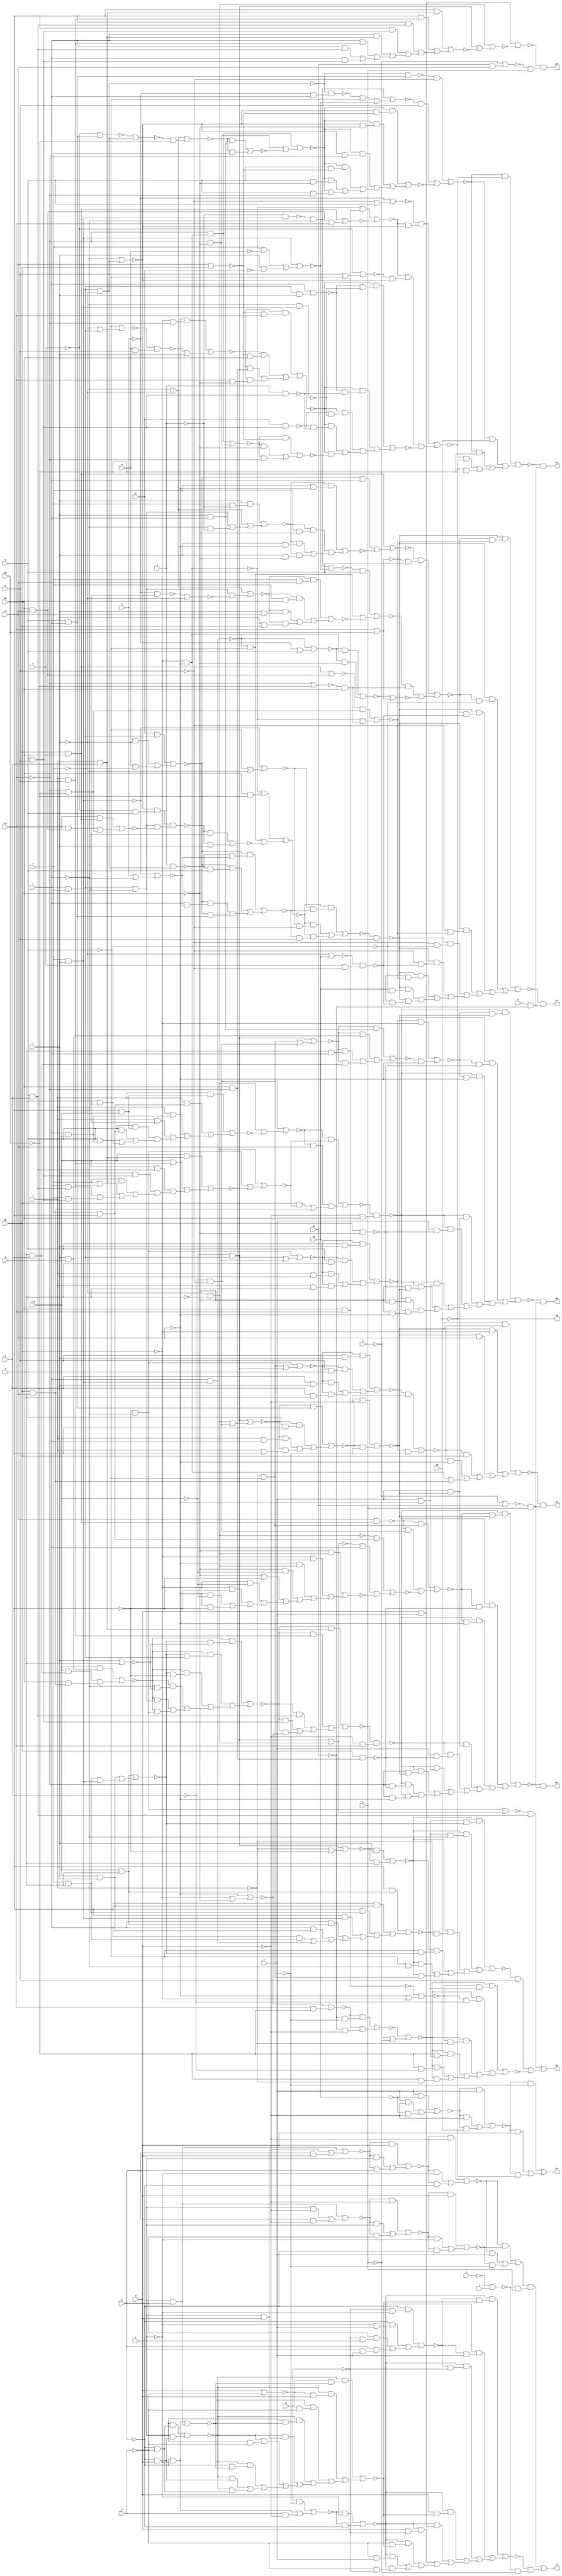
// IWLS benchmark module "term1" printed on Wed May 29 17:29:18 2002
module term1(a, b, c, d, e, f, g, h, i, j, k, l, m, n, o, p, q, r, s, t, u, v, w, \x , y, z, a0, c0, d0, e0, f0, g0, h0, i0, j0, k0, l0, m0, n0, o0, p0, q0, r0, s0);
input
  a,
  b,
  c,
  d,
  e,
  f,
  g,
  h,
  i,
  j,
  k,
  l,
  m,
  n,
  o,
  p,
  q,
  r,
  s,
  t,
  u,
  v,
  w,
  \x ,
  y,
  z,
  a0,
  c0,
  d0,
  e0,
  f0,
  g0,
  h0,
  i0;
output
  j0,
  k0,
  l0,
  m0,
  n0,
  o0,
  p0,
  q0,
  r0,
  s0;
wire
  \[0] ,
  \[1] ,
  \[2] ,
  \[3] ,
  \[4] ,
  \[5] ,
  \[6] ,
  \[7] ,
  \[8] ,
  \[9] ,
  a2,
  a3,
  a4,
  a7,
  b3,
  b4,
  b5,
  b6,
  b7,
  c3,
  c4,
  c5,
  c6,
  d2,
  d3,
  d4,
  d6,
  e1,
  e2,
  e3,
  e4,
  e6,
  e7,
  f1,
  f2,
  f3,
  f4,
  f5,
  f6,
  f7,
  g2,
  g3,
  g4,
  g5,
  g6,
  g7,
  h1,
  h2,
  h3,
  h4,
  h5,
  h6,
  i2,
  i3,
  i4,
  i5,
  i6,
  i7,
  j1,
  j3,
  j4,
  j5,
  j6,
  j7,
  k2,
  k3,
  k4,
  k5,
  k6,
  k7,
  l2,
  l3,
  l4,
  l6,
  l7,
  m2,
  m3,
  m4,
  m5,
  m6,
  n2,
  n3,
  n4,
  n5,
  n6,
  o3,
  o4,
  o5,
  o6,
  o7,
  p3,
  p4,
  p5,
  p6,
  p7,
  q2,
  q3,
  q4,
  q5,
  q6,
  q7,
  r2,
  r3,
  r4,
  r5,
  s1,
  s2,
  s3,
  s4,
  s5,
  s6,
  t1,
  t2,
  t3,
  t4,
  t5,
  t6,
  u1,
  u2,
  u4,
  u5,
  u6,
  v2,
  v4,
  v5,
  v6,
  w1,
  w2,
  w3,
  w4,
  w5,
  w6,
  x1,
  x4,
  x5,
  y1,
  y2,
  y3,
  y4,
  y5,
  y6,
  z1,
  z2,
  z3,
  z4,
  z5,
  z6;
assign
  \[0]  = ~h0,
  \[1]  = (~t6 & ~c) | ((~t6 & d) | (~t6 & ~h0)),
  \[2]  = (y6 & (~v6 & b)) | (~w6 & (~v6 & ~b)),
  \[3]  = ~f1 & (~e1 & b),
  \[4]  = ~t1 & (~s1 & b),
  \[5]  = ~f2 & (~s1 & b),
  \[6]  = ~t2 & (~s1 & b),
  \[7]  = (~j3 & (q & u)) | ((~k3 & p) | ~l3),
  \[8]  = ~w3 & (a & ~a0),
  \[9]  = ~h5 & (a & ~a0),
  a2 = (~d2 & (p & t)) | ((~d2 & (p & y)) | ((~d2 & (u & t)) | (~d2 & (u & y)))),
  a3 = (~d3 & (~c3 & ~b3)) | ((~d3 & (~c3 & ~s)) | ((~d3 & (~c3 & ~w)) | ((~d3 & (~r & ~b3)) | ((~d3 & (~r & ~s)) | (~d3 & (~r & ~w)))))),
  a4 = (~m4 & ~r) | ((~l4 & ~q) | ~n4),
  a7 = (~b7 & ~d) | ((~b7 & ~e) | (~b7 & ~h)),
  b3 = t | y,
  b4 = ~k4 & (q & r),
  b5 = ~q | (~r | ~s),
  b6 = ~f0 | ~g0,
  b7 = (~e7 & d) | ((~e7 & e) | (~e7 & h)),
  c3 = (\x  & y) | ((\x  & t) | ((s & y) | (s & t))),
  c4 = (~f4 & (~e4 & ~d4)) | ((~f4 & (~e4 & ~e0)) | ((~f4 & (~e4 & ~f0)) | ((~f4 & (q & ~d4)) | ((~f4 & (q & ~e0)) | (~f4 & (q & ~f0)))))),
  c5 = (~f0 & (~d0 & ~c0)) | (~f0 & ~e0),
  c6 = (~l6 & q) | ((~s5 & ~q) | ~m6),
  d2 = (~w & ~r) | ((~v & ~q) | (~\x  & ~s)),
  d3 = (\x  & (t & w)) | ((\x  & (y & w)) | (e0 & (d0 & c0))),
  d4 = c0 | d0,
  d6 = f0 | g0,
  e1 = ~z | (a0 | c0),
  e2 = (~w & ~r) | ((~\x  & ~s) | (~u & ~p)),
  e3 = c0 & (d0 & e0),
  e4 = ~r | (~s | ~t),
  e6 = (d0 & e0) | ((~i6 & r) | ~j6),
  e7 = (e & h) | ((e & d) | (h & d)),
  f1 = (d & c) | ~h1,
  f2 = (~i2 & (~h2 & ~w1)) | ((~i2 & (~h2 & ~g2)) | ((~i2 & (~h2 & ~c0)) | ((~i2 & (c & ~w1)) | ((~i2 & (c & ~g2)) | ((~i2 & (c & ~c0)) | ((~i2 & (~e0 & ~w1)) | ((~i2 & (~e0 & ~g2)) | (~i2 & (~e0 & ~c0))))))))),
  f3 = (~g3 & (s & w)) | ((~h3 & r) | ~i3),
  f4 = (~f0 & (~d0 & ~c0)) | ((~f0 & ~e0) | ~g4),
  f5 = ~c0 & ~d0,
  f6 = ~g6 | (f0 | g0),
  f7 = (~g7 & ~d) | ((~g7 & e) | (~g7 & h)),
  g2 = d0 & ~e0,
  g3 = ~t & ~y,
  g4 = (~h4 & (t & r)) | (~h4 & s),
  g5 = (e0 & d0) | ((e0 & c0) | f0),
  g6 = (~h6 & (~d0 & ~c0)) | (~h6 & ~e0),
  g7 = (e & h) | ((e & ~d) | (h & ~d)),
  h1 = (~t & ~y) | ((~s & ~\x ) | ~j1),
  h2 = (~z1 & ~d0) | (~r2 & ~c0),
  h3 = (~\x  & ~s) | (~y & ~t),
  h4 = (~r & ~t) | (~i4 | ~g0),
  h5 = (~n5 & (~m5 & ~k5)) | ((~n5 & (~m5 & ~j5)) | ((~n5 & (~m5 & ~i5)) | ((~n5 & (~p & ~k5)) | ((~n5 & (~p & ~j5)) | ((~n5 & (~p & ~i5)) | ((~n5 & (i0 & ~k5)) | ((~n5 & (i0 & ~j5)) | (~n5 & (i0 & ~i5))))))))),
  h6 = ~s5 | (~l | q),
  i2 = ~k2 & (~d & e0),
  i3 = (~e0 & (~y & ~t)) | ((~d0 & (~y & ~t)) | ((~c0 & (~y & ~t)) | ((~e0 & ~\x ) | ((~e0 & ~w) | ((~d0 & ~\x ) | ((~d0 & ~w) | ((~c0 & ~\x ) | (~c0 & ~w)))))))),
  i4 = ~j4 | (~s | ~t),
  i5 = ~s6 & (k & ~p),
  i6 = (n & ~s) | ((o & ~t) | (~t & ~s)),
  i7 = (~q7 & (~p7 & ~o7)) | ((~q7 & (~p7 & d)) | ((~q7 & (~p7 & ~f)) | ((~q7 & (e & ~o7)) | ((~q7 & (e & d)) | ((~q7 & (e & ~f)) | ((~q7 & (~h & ~o7)) | ((~q7 & (~h & d)) | (~q7 & (~h & ~f))))))))),
  j0 = \[0] ,
  j1 = (w & (v & u)) | ((w & (v & p)) | ((w & (q & u)) | ((w & (q & p)) | ((r & (v & u)) | ((r & (v & p)) | ((r & (q & u)) | (r & (q & p)))))))),
  j3 = (~w & ~r) | ((~\x  & ~s) | (~y & ~t)),
  j4 = ~k & (q & r),
  j5 = q & (r & s),
  j6 = (~k6 & (s & ~c0)) | ((~k6 & (s & ~e0)) | ((~k6 & (t & ~c0)) | (~k6 & (t & ~e0)))),
  j7 = (~h & (~g & ~e)) | ((~h & (~e & c)) | ((h & (~g & e)) | (h & (e & c)))),
  k0 = \[1] ,
  k2 = (~m2 & ~l2) | ((~m2 & c0) | ((d0 & ~l2) | (d0 & c0))),
  k3 = (~s3 & (~m3 & ~c3)) | ((~s3 & (~m3 & ~r)) | ((~s3 & (~m3 & ~v)) | ((~s3 & (~q & ~c3)) | ((~s3 & (~q & ~r)) | (~s3 & (~q & ~v)))))),
  k4 = ~s | ~t,
  k5 = (~q6 & (~f0 & ~g0)) | (~f5 & (~b6 & e0)),
  k6 = (t & (s & ~m)) | ((~t & ~r) | ((~s & ~r) | (~r & ~m))),
  k7 = (~l7 & ~e) | (~l7 & ~h),
  l0 = \[2] ,
  l2 = (~t & ~y) | ((~r & ~w) | ~q2),
  l3 = (~o3 & (~n3 & ~m3)) | ((~o3 & (~n3 & ~u)) | ((~o3 & (~n3 & ~v)) | ((~o3 & (~g0 & ~m3)) | ((~o3 & (~g0 & ~u)) | (~o3 & (~g0 & ~v)))))),
  l4 = ~k4 & (~l & r),
  l6 = (~m4 & ~r) | ~n4,
  l7 = (g & ~c) | ((~h & ~e) | (f & ~d)),
  m0 = \[3] ,
  m2 = (~p & ~u) | ((~t & ~y) | ~n2),
  m3 = (w & (\x  & y)) | ((w & (\x  & t)) | ((w & (s & y)) | ((w & (s & t)) | ((r & (\x  & y)) | ((r & (\x  & t)) | ((r & (s & y)) | (r & (s & t)))))))),
  m4 = ~m & (s & t),
  m5 = (~e6 & (~d6 & q)) | ((~c6 & (~b6 & e0)) | ~f6),
  m6 = (~n6 & (s & c0)) | ((~n6 & (s & d0)) | ((~n6 & (t & c0)) | (~n6 & (t & d0)))),
  n0 = \[4] ,
  n2 = (v & (w & \x )) | ((v & (w & s)) | ((v & (r & \x )) | ((v & (r & s)) | ((q & (w & \x )) | ((q & (w & s)) | ((q & (r & \x )) | (q & (r & s)))))))),
  n3 = ~r3 | (~c0 | ~d0),
  n4 = (s & t) | ((s & ~o) | (t & ~n)),
  n5 = ~o5 & i0,
  n6 = (~t & ~r) | ((~s & ~r) | ~o6),
  o0 = \[5] ,
  o3 = ~p3 | (~z | ~b),
  o4 = ~k | (p | ~q),
  o5 = (~r5 & (~q5 & ~p5)) | ((~r5 & (~q5 & ~p)) | (~r5 & (~p5 & p))),
  o6 = ~p6 | ~t,
  o7 = (~h & ~e) | (h & e),
  p0 = \[6] ,
  p3 = (~q3 & (~a0 & ~c)) | (~q3 & (~a0 & ~d)),
  p4 = (~f5 & (e0 & f0)) | ~g5,
  p5 = (~z5 & (~y5 & ~x5)) | ((~z5 & (~y5 & q)) | ((~z5 & (r & ~x5)) | (~z5 & (r & q)))),
  p6 = ~l & (r & s),
  p7 = d | ~f,
  q0 = \[7] ,
  q2 = (\x  & (v & u)) | ((\x  & (v & p)) | ((\x  & (q & u)) | ((\x  & (q & p)) | ((s & (v & u)) | ((s & (v & p)) | ((s & (q & u)) | (s & (q & p)))))))),
  q3 = ~z2 & (f0 & ~g0),
  q4 = ~l | (~p | q),
  q5 = ~w5 | (~q | ~r),
  q6 = (e0 & d0) | (e0 & c0),
  q7 = (e & (~h & ~f)) | (e & (~h & d)),
  r0 = \[8] ,
  r2 = (~s2 & (t & r)) | ((~s2 & (t & w)) | ((~s2 & (y & r)) | (~s2 & (y & w)))),
  r3 = e0 & f0,
  r4 = (~x4 & (~w4 & ~t4)) | ((~x4 & (~w4 & ~s4)) | ((~x4 & (~v4 & ~t4)) | ((~x4 & (~v4 & ~s4)) | (~x4 & ~u4)))),
  r5 = (~f5 & (e0 & ~g0)) | ((~s5 & ~q) | ~t5),
  s0 = \[9] ,
  s1 = ~z | a0,
  s2 = (~\x  & ~s) | ((~v & ~q) | (~u & ~p)),
  s3 = (~t3 & t) | (~t3 & y),
  s4 = m & (p & q),
  s5 = r & (s & t),
  s6 = ~t | i0,
  t1 = (~w1 & ~u1) | ((~w1 & ~d0) | ((~w1 & c0) | ((~u1 & d0) | ((~u1 & ~c0) | ((~d0 & ~c0) | (d0 & c0)))))),
  t2 = (~w2 & (~v2 & ~w1)) | ((~w2 & (~v2 & ~u2)) | ((~w2 & (~v2 & ~c0)) | ((~w2 & (c & ~w1)) | ((~w2 & (c & ~u2)) | ((~w2 & (c & ~c0)) | ((~w2 & (~f0 & ~w1)) | ((~w2 & (~f0 & ~u2)) | (~w2 & (~f0 & ~c0))))))))),
  t3 = (~\x  & ~s) | (~v | ~w),
  t4 = ~r & (s & t),
  t5 = (~u5 & (s & r)) | (~u5 & t),
  t6 = (~u6 & c) | ((~u6 & ~d) | (~u6 & h0)),
  u1 = (~a2 & ~d) | (~z1 & ~c),
  u2 = d0 & (e0 & ~f0),
  u4 = (~c5 & ~d4) | ((~c5 & ~e0) | (~c5 & ~f0)),
  u5 = (~e4 & (~k & q)) | ((~r & ~s) | ~v5),
  u6 = (c & ~i0) | ((c & ~d) | (~i0 & ~d)),
  v2 = (~e3 & (~v & ~q)) | ((~e3 & (~u & ~p)) | ~f3),
  v4 = n & (p & q),
  v5 = (f0 & (e0 & d0)) | ((f0 & (e0 & c0)) | (~g0 & ~f0)),
  v6 = ~i | j,
  w1 = (~x1 & ~d) | (~x1 & ~c),
  w2 = ~y2 & (~d & f0),
  w3 = (~z3 & ~y3) | ((~z3 & h0) | ((~z3 & ~g0) | ((~y3 & ~h0) | (~h0 & ~g0)))),
  w4 = r & (~s & t),
  w5 = s & t,
  w6 = (~k7 & (~j7 & ~i7)) | ((~k7 & (~j7 & c)) | ((~k7 & (~j7 & ~g)) | ((~k7 & (d & ~i7)) | ((~k7 & (d & c)) | ((~k7 & (d & ~g)) | ((~k7 & (~f & ~i7)) | ((~k7 & (~f & c)) | (~k7 & (~f & ~g))))))))),
  x1 = (~y1 & (q & r)) | ((~y1 & (q & w)) | ((~y1 & (v & r)) | (~y1 & (v & w)))),
  x4 = (~y4 & (~d4 & f0)) | ((~y4 & (~d4 & e0)) | ((~y4 & (~f0 & e0)) | (~y4 & (f0 & ~e0)))),
  x5 = ~w5 | (l | ~r),
  y1 = (~\x  & ~s) | ((~y & ~t) | (~u & ~p)),
  y2 = (~a3 & (v & u)) | ((~a3 & (v & p)) | ((~a3 & (q & u)) | ((~a3 & (q & p)) | (~a3 & ~z2)))),
  y3 = (~q4 & (~p4 & ~e4)) | ((~p4 & (~o4 & ~e4)) | ~r4),
  y4 = (~c0 & (~d0 & ~f0)) | (~z4 | t),
  y5 = m | (~s | ~t),
  y6 = (~a7 & ~z6) | ((~a7 & c) | (~z6 & ~c)),
  z1 = (~e2 & (q & t)) | ((~e2 & (q & y)) | ((~e2 & (v & t)) | (~e2 & (v & y)))),
  z2 = ~c0 | (~d0 | ~e0),
  z3 = (~b4 & ~p) | ((~a4 & p) | ~c4),
  z4 = ~b5 & (o & p),
  z5 = (n & ~s) | ((o & ~t) | (~t & ~s)),
  z6 = (~f7 & d) | ((~f7 & ~e) | (~f7 & ~h));
endmodule